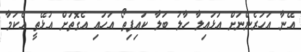
އޭނާ އަހަރެންނަށް އަޅައިލާ ހާލު ބަލާ ކައިފިތޯ އަހައި އެގޮތަށް އުޅޭތީ އެކަމާ